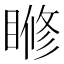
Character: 𥈌